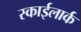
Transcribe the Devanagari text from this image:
स्काईलार्क